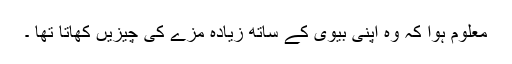
معلوم ہوا کہ وہ اپنی بیوی کے ساتھ زیادہ مزے کی چیزیں کھاتا تھا ۔